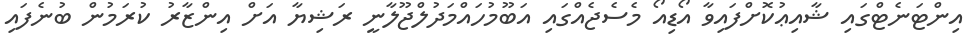
އިންޓަނެޓްގައި ޝާއިޢުކޮށްފައިވާ އޯޑިއޯ މެސެޖެއްގައި އަބޫމުހައްމަދުލްޖޫލާނީ ރަޝިޔާ އަށް އިންޒާރު ކުރަމުން ބުނެފައި